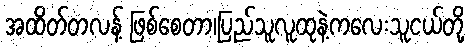
အထိတ်တလန့် ဖြစ်စေတာ၊ပြည်သူလူထုနဲ့ကလေးသူငယ်တို့